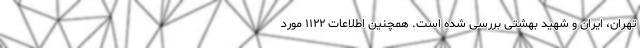
تهران، ایران و شهید بهشتی بررسی شده است. همچنین اطلاعات ۱۱۲۲ مورد